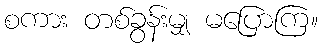
စကား တစ်ခွန်းမျှ မပြောကြ။